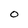
Character: O